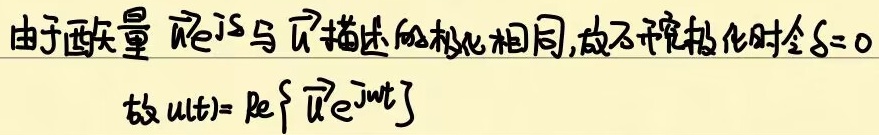
由于两矢量$\dot{U}{{\text{e}}^{\text{j}\delta }}$与$\dot{U}$描述的极化相同,故不考虑极化时令$\delta = 0$
故$u(t)= \text{Re}\left\{ \dot{U}{{\text{e}}^{\text{j}\omega t}} \right\}$